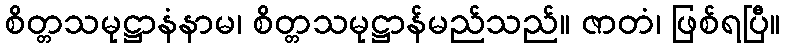
စိတ္တသမုဋ္ဌာနံနာမ၊ စိတ္တသမုဋ္ဌာန်မည်သည်။ ဇာတံ၊ ဖြစ်ရပြီ။